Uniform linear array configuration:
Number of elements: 4
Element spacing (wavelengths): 0.75
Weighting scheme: hamming
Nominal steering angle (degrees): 0
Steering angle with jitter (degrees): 0.3935
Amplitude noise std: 0.05
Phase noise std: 0.05

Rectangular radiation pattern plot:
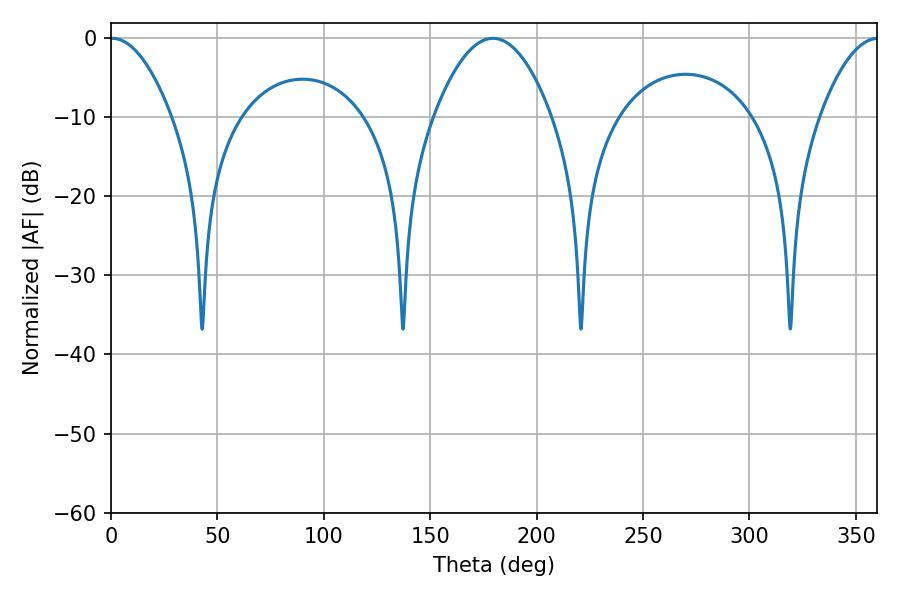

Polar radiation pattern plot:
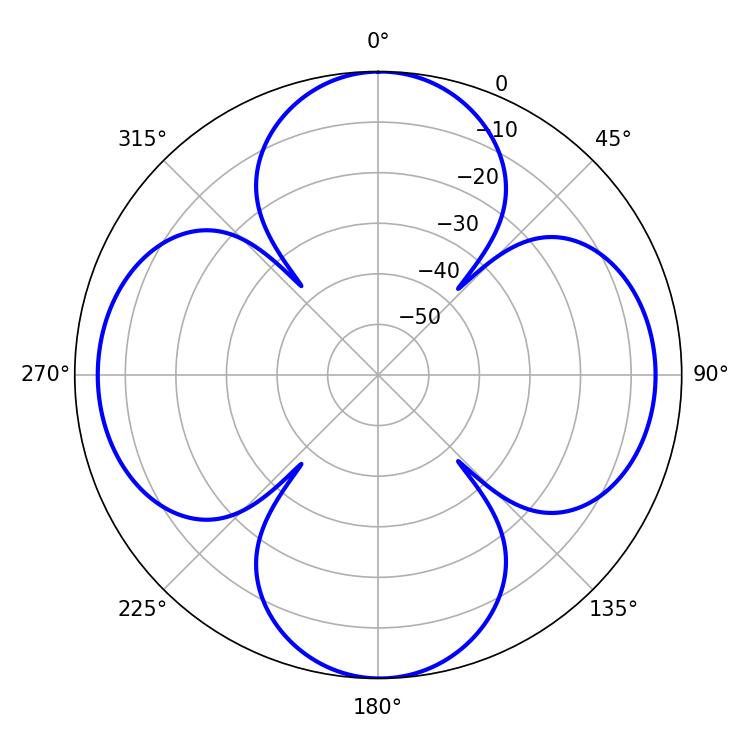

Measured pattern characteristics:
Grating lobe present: TRUE
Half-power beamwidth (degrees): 15.84
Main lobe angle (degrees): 0.54